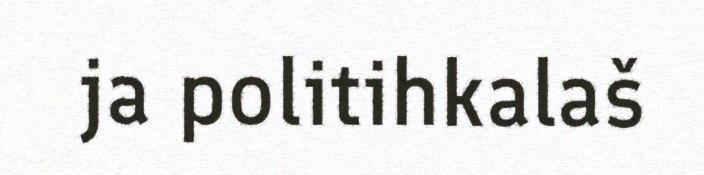
ja politihkalaš